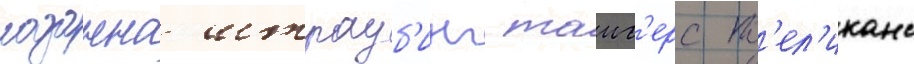
лозанна штрауб'инг таиг'ерс п'ел'иканс